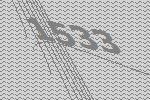
1533